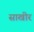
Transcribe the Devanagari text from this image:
साखीर